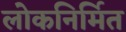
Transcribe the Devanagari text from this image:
लोकनिर्मित